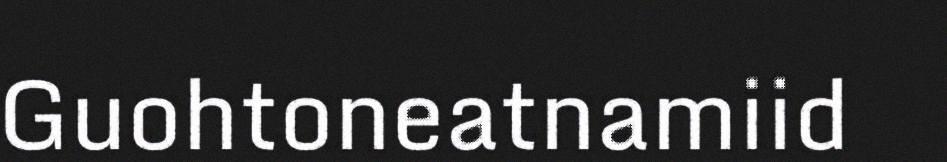
Guohtoneatnamiid